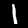
Label: 1